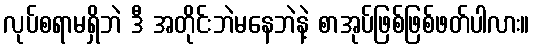
လုပ်စရာမရှိဘဲ ဒီ အတိုင်းဘဲမနေဘဲနဲ့ စာအုပ်ဖြစ်ဖြစ်ဖတ်ပါလား။